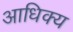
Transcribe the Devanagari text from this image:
आधिक्‍य